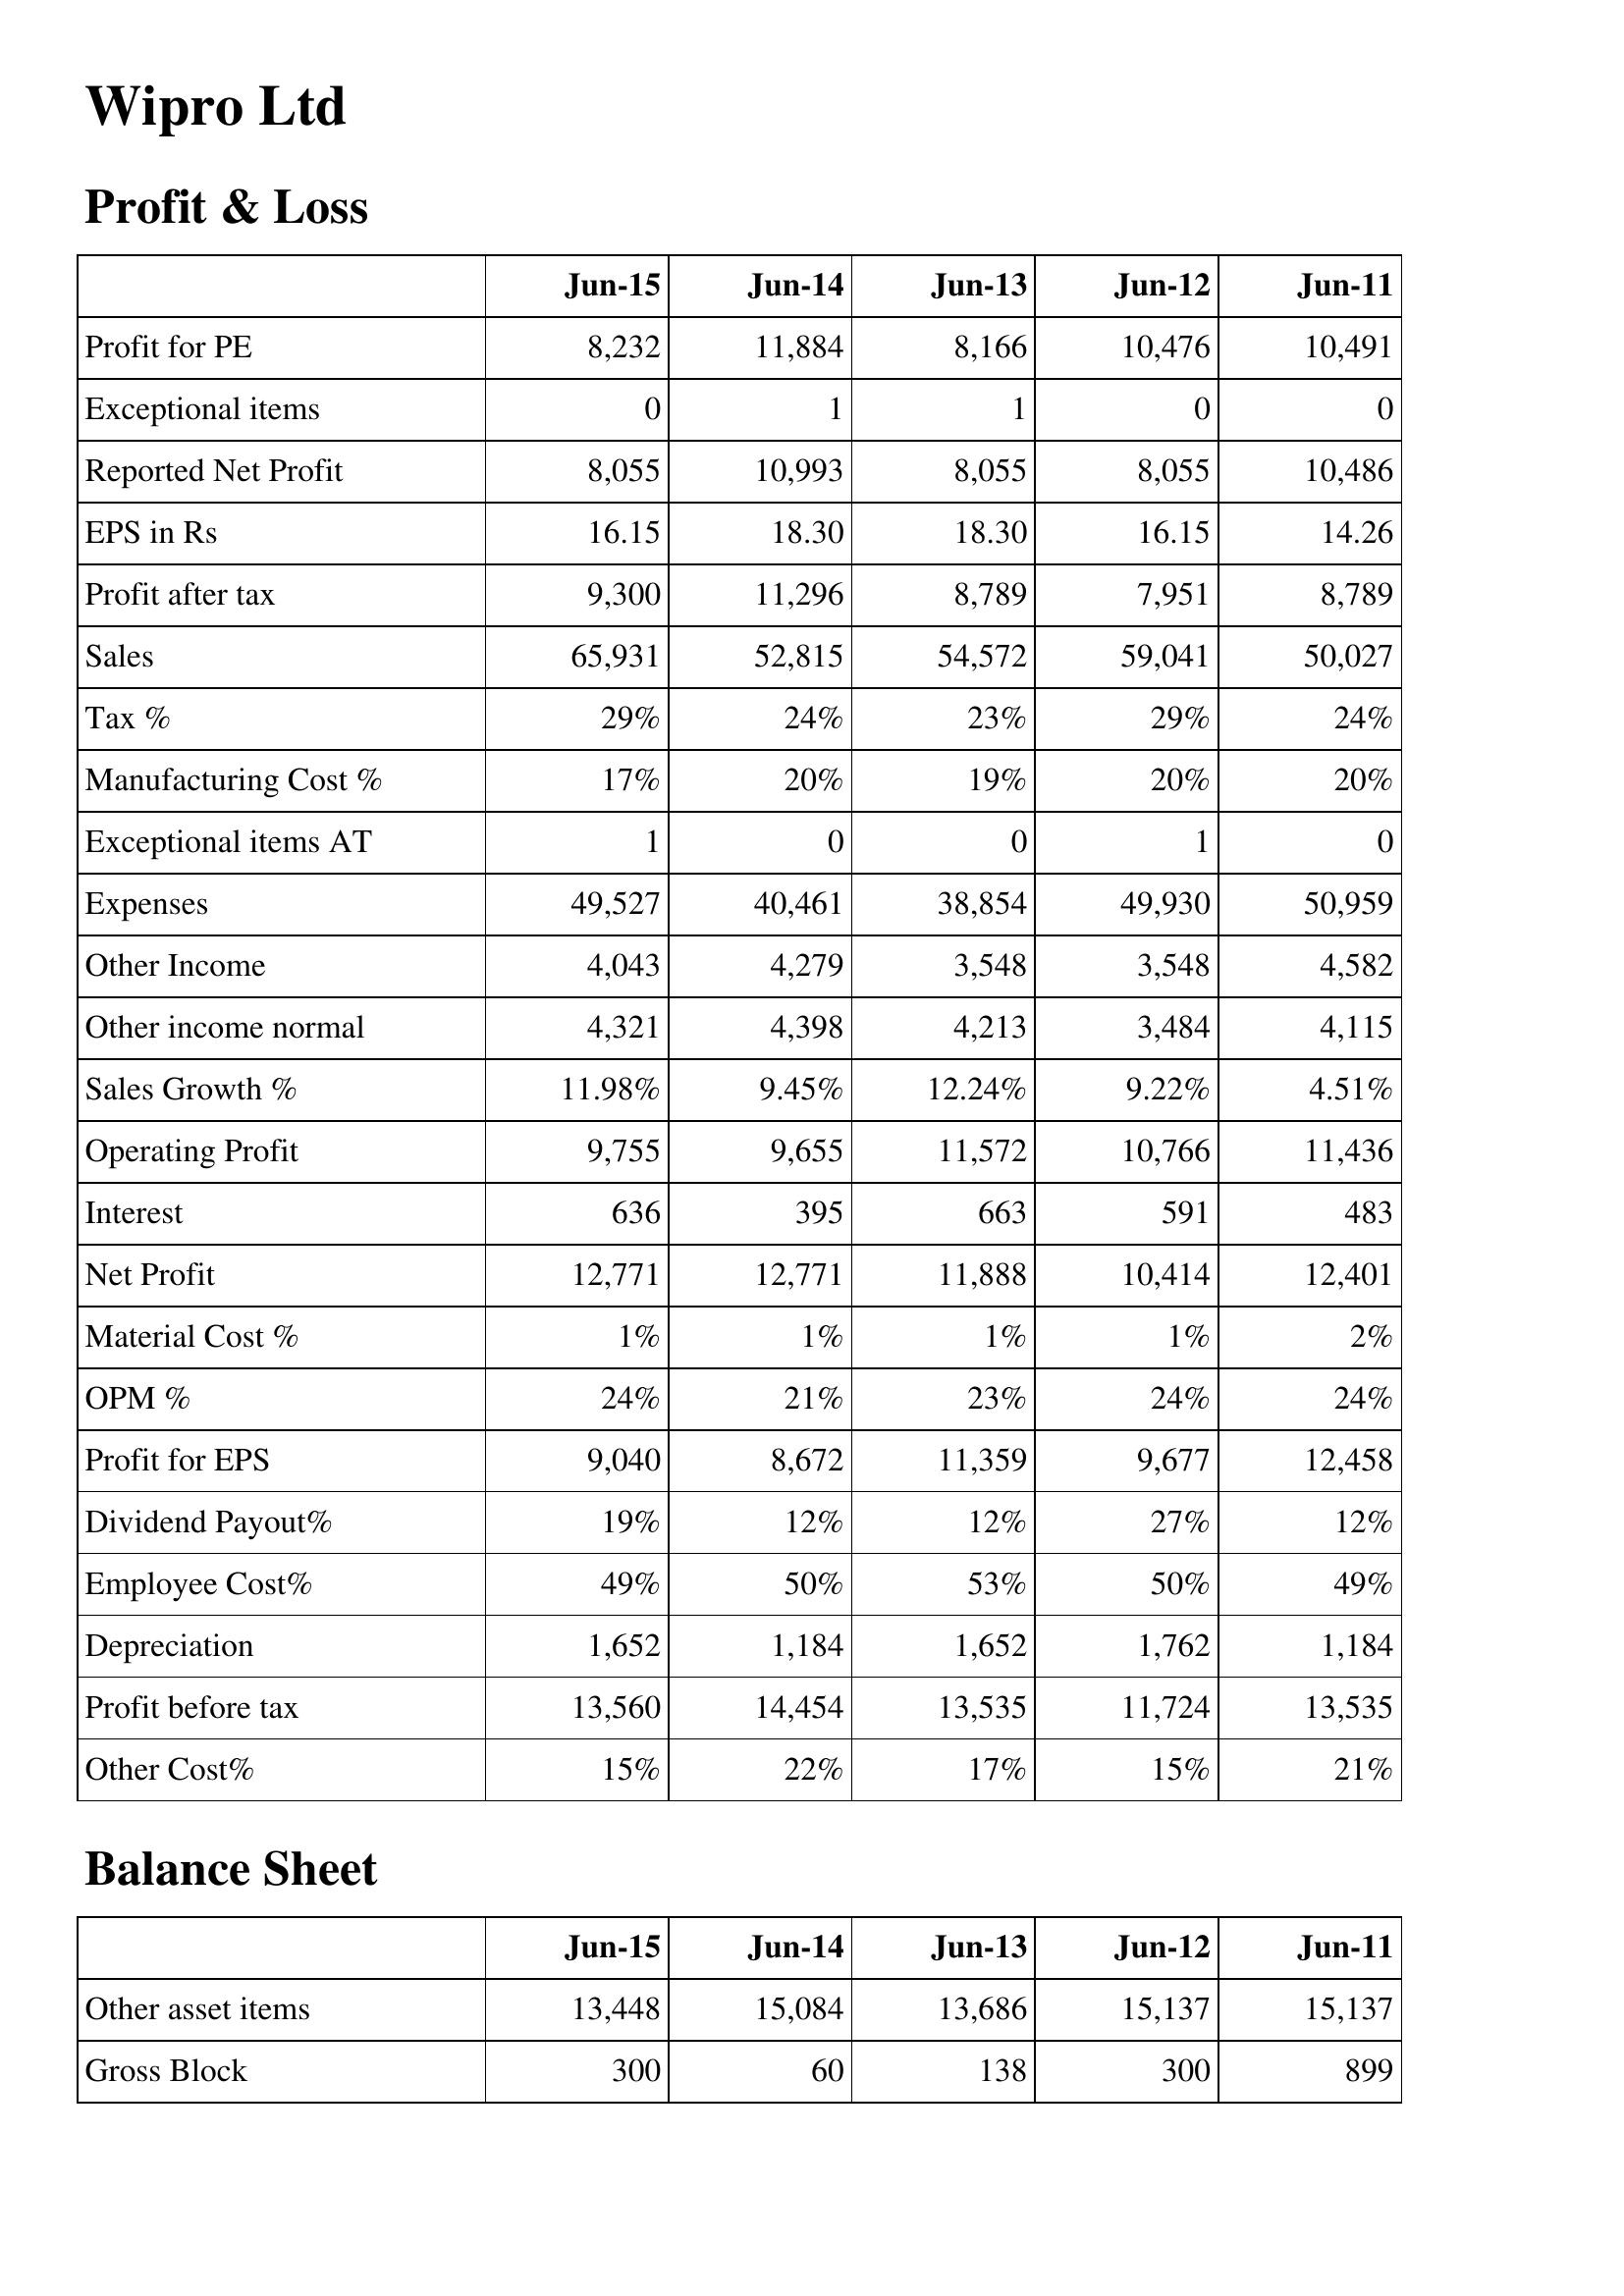
Jun-15: Profit & Loss: Profit for PE: 8,232
Exceptional items: 0
Reported Net Profit: 8,055
EPS in Rs: 16.15
Profit after tax: 9,300
Sales: 65,931
Tax %: 29%
Manufacturing Cost %: 17%
Exceptional items AT: 1
Expenses: 49,527
Other Income: 4,043
Other income normal: 4,321
Sales Growth %: 11.98%
Operating Profit: 9,755
Interest: 636
Net Profit: 12,771
Material Cost %: 1%
OPM %: 24%
Profit for EPS: 9,040
Dividend Payout%: 19%
Employee Cost%: 49%
Depreciation: 1,652
Profit before tax: 13,560
Other Cost%: 15%
Balance Sheet: Other asset items: 13,448
Gross Block: 300
Jun-14: Profit & Loss: Profit for PE: 11,884
Exceptional items: 1
Reported Net Profit: 10,993
EPS in Rs: 18.30
Profit after tax: 11,296
Sales: 52,815
Tax %: 24%
Manufacturing Cost %: 20%
Exceptional items AT: 0
Expenses: 40,461
Other Income: 4,279
Other income normal: 4,398
Sales Growth %: 9.45%
Operating Profit: 9,655
Interest: 395
Net Profit: 12,771
Material Cost %: 1%
OPM %: 21%
Profit for EPS: 8,672
Dividend Payout%: 12%
Employee Cost%: 50%
Depreciation: 1,184
Profit before tax: 14,454
Other Cost%: 22%
Balance Sheet: Other asset items: 15,084
Gross Block: 60
Jun-13: Profit & Loss: Profit for PE: 8,166
Exceptional items: 1
Reported Net Profit: 8,055
EPS in Rs: 18.30
Profit after tax: 8,789
Sales: 54,572
Tax %: 23%
Manufacturing Cost %: 19%
Exceptional items AT: 0
Expenses: 38,854
Other Income: 3,548
Other income normal: 4,213
Sales Growth %: 12.24%
Operating Profit: 11,572
Interest: 663
Net Profit: 11,888
Material Cost %: 1%
OPM %: 23%
Profit for EPS: 11,359
Dividend Payout%: 12%
Employee Cost%: 53%
Depreciation: 1,652
Profit before tax: 13,535
Other Cost%: 17%
Balance Sheet: Other asset items: 13,686
Gross Block: 138
Jun-12: Profit & Loss: Profit for PE: 10,476
Exceptional items: 0
Reported Net Profit: 8,055
EPS in Rs: 16.15
Profit after tax: 7,951
Sales: 59,041
Tax %: 29%
Manufacturing Cost %: 20%
Exceptional items AT: 1
Expenses: 49,930
Other Income: 3,548
Other income normal: 3,484
Sales Growth %: 9.22%
Operating Profit: 10,766
Interest: 591
Net Profit: 10,414
Material Cost %: 1%
OPM %: 24%
Profit for EPS: 9,677
Dividend Payout%: 27%
Employee Cost%: 50%
Depreciation: 1,762
Profit before tax: 11,724
Other Cost%: 15%
Balance Sheet: Other asset items: 15,137
Gross Block: 300
Jun-11: Profit & Loss: Profit for PE: 10,491
Exceptional items: 0
Reported Net Profit: 10,486
EPS in Rs: 14.26
Profit after tax: 8,789
Sales: 50,027
Tax %: 24%
Manufacturing Cost %: 20%
Exceptional items AT: 0
Expenses: 50,959
Other Income: 4,582
Other income normal: 4,115
Sales Growth %: 4.51%
Operating Profit: 11,436
Interest: 483
Net Profit: 12,401
Material Cost %: 2%
OPM %: 24%
Profit for EPS: 12,458
Dividend Payout%: 12%
Employee Cost%: 49%
Depreciation: 1,184
Profit before tax: 13,535
Other Cost%: 21%
Balance Sheet: Other asset items: 15,137
Gross Block: 899